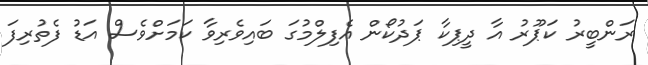
ރަންބީރު ކަޕޫރު އާ ދީޕިކާ ޕަދުކޯން އެފިލްމުގަ ބައިވެރިވާ ކަމަށްވެސް އަޑު ފެތުރިފަ